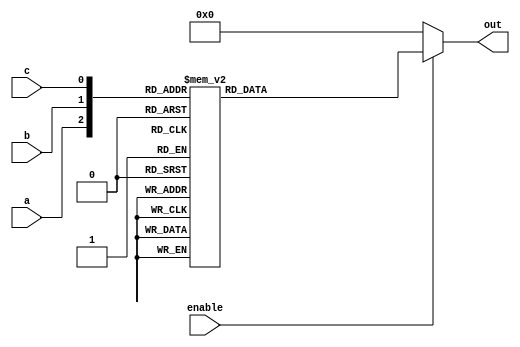
//3 to 8 decoder
module decoder(
input wire enable,  //input enable
input wire a,   //input a
input wire b,   //input b
input wire c,   //input c

output reg [7:0] out    //output
);

always @(a or b or c or enable)
begin
    if(enable) begin
        case({a,b,c})
            3'b000  :   out = 8'b0000_0001;
            3'b001  :   out = 8'b0000_0010;
            3'b010  :   out = 8'b0000_0100;
            3'b011  :   out = 8'b0000_1000;
            3'b100  :   out = 8'b0001_0000;
            3'b101  :   out = 8'b0010_0000;
            3'b110  :   out = 8'b0100_0000;
            3'b111  :   out = 8'b1000_0000;
            //default   :   out = 8'b0000_0000; //full case    default 
        endcase
    end
    else begin
        out = 8'b0000_0000;
    end
end

endmodule